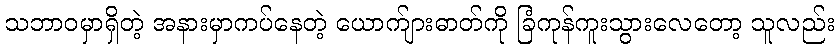
သဘာဝမှာရှိတဲ့ အနားမှာကပ်နေတဲ့ ယောက်ျားဓာတ်ကို ခြံကုန်ကူးသွားလေတော့ သူလည်း